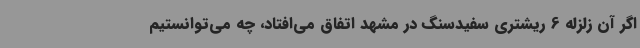
اگر آن زلزله 6 ریشتری سفیدسنگ در مشهد اتفاق می‌افتاد، چه می‌توانستیم